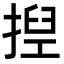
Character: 揑